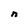
Character: n